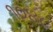
૧૦૪૮